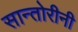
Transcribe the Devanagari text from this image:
सान्तोरीनी